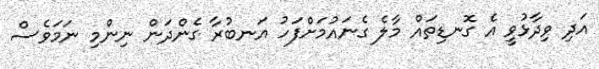
އަދި ވިދާޅުވީ އެ ގޮނޑިތައް މާލެ ގެނައުމަށްފަހު އަނބުރާ ގެންދަން ނިންމި ނަމަވެސް